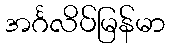
အင်္ဂလိပ်မြန်မာ